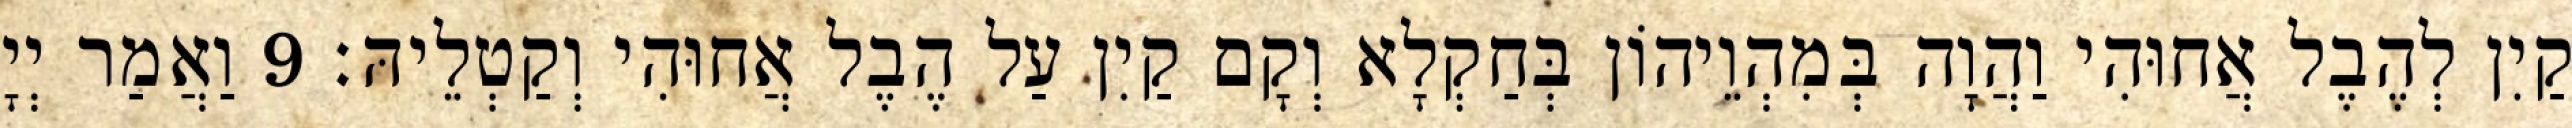
קַיִן לְהֶבֶל אֲחוּהִי וַהֲוָה בְּמִהְוֵיהוֹן בְּחַקְלָא וְקָם קַיִן עַל הֶבֶל אֲחוּהִי וְקַטְלֵיהּ׃ 9 וַאֲמַר יְיָ